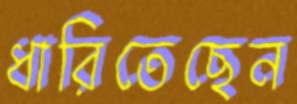
ধারিতেছেন